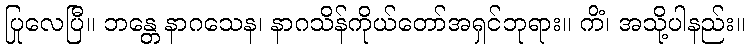
ပြုလေပြီ။ ဘန္တေ နာဂသေန၊ နာဂသိန်ကိုယ်တော်အရှင်ဘုရား။ ကိံ၊ အသို့ပါနည်း။